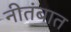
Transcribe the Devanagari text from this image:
नीतंबात